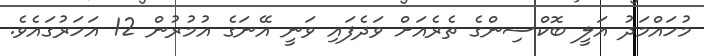
މުހައްމަދު އަލީ ބޮކްސިންގެ ތެރެއަށް ވަދެފައި ވަނީ އޭނަގެ އުމުރުން 12 އަހަރުގައެވެ.